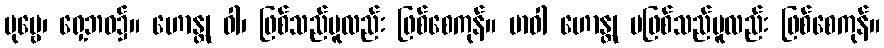
ပုဗ္ဗေ၊ ရှေ့ဘဝ၌။ ဟောန္တု ဝါ၊ ဖြစ်သည်မူလည်း ဖြစ်စေကုန်။ မာဝါ ဟောန္တု မဖြစ်သည်မူလည်း ဖြစ်စေကုန်။